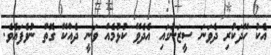
އެކު ހޭދަކުރި ދެވަނަ ސީޒަނުގައި އެދެވޭ ކުޅުމެއް ވަނީ ދެއްކޭ ގޮތް ނުވެފައެވެ.